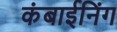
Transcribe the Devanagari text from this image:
कंबाईनिंग